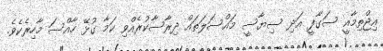
އިޖްތިމާއީ ސަގާފީ އަދި ސިޔާސީ މައްސަލަތައް ދިރާސާކުރެއްވި ކަމާ ގުޅޭ ހާއްސަ މާހިރެކެވެ.